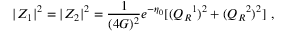
| Z _ { 1 } | ^ { 2 } = | Z _ { 2 } | ^ { 2 } = { \frac { 1 } { ( 4 G ) ^ { 2 } } } e ^ { - \eta _ { 0 } } [ ( Q _ { R } { } ^ { 1 } ) ^ { 2 } + ( Q _ { R } { } ^ { 2 } ) ^ { 2 } ] \ ,